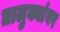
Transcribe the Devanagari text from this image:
तालुक्यांवर